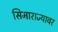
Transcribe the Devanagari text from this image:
सिमाराज्यावर